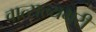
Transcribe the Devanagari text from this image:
वात्सल्यभरी